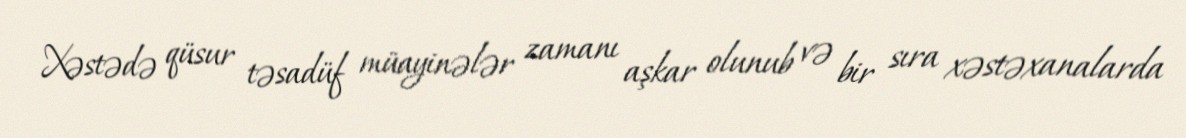
Xəstədə qüsur təsadüf müayinələr zamanı aşkar olunub və bir sıra xəstəxanalarda